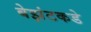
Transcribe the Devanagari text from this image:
बेझंटकडे